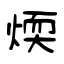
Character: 煗